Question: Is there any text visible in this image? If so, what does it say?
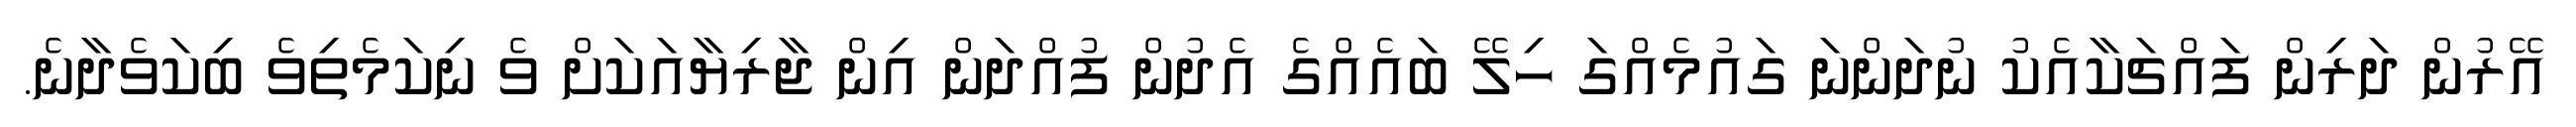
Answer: އޭރުން ދަރިން ފައްޗަކާއެކު ނުދަންނަ ގައުމެއްގަ ހިލޭ ބައެއްގެ އެދުން ފުއްދަން އިން ޖާރިޔާއަކަށް ވެ ނިކަމެތިވެ ބިކަވެދާނެ.